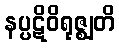
နပ္ပဋိဝိရုဇ္ဈတိ